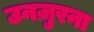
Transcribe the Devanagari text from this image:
उनज़ुरना